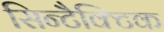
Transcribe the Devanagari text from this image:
सिन्टैक्टिक